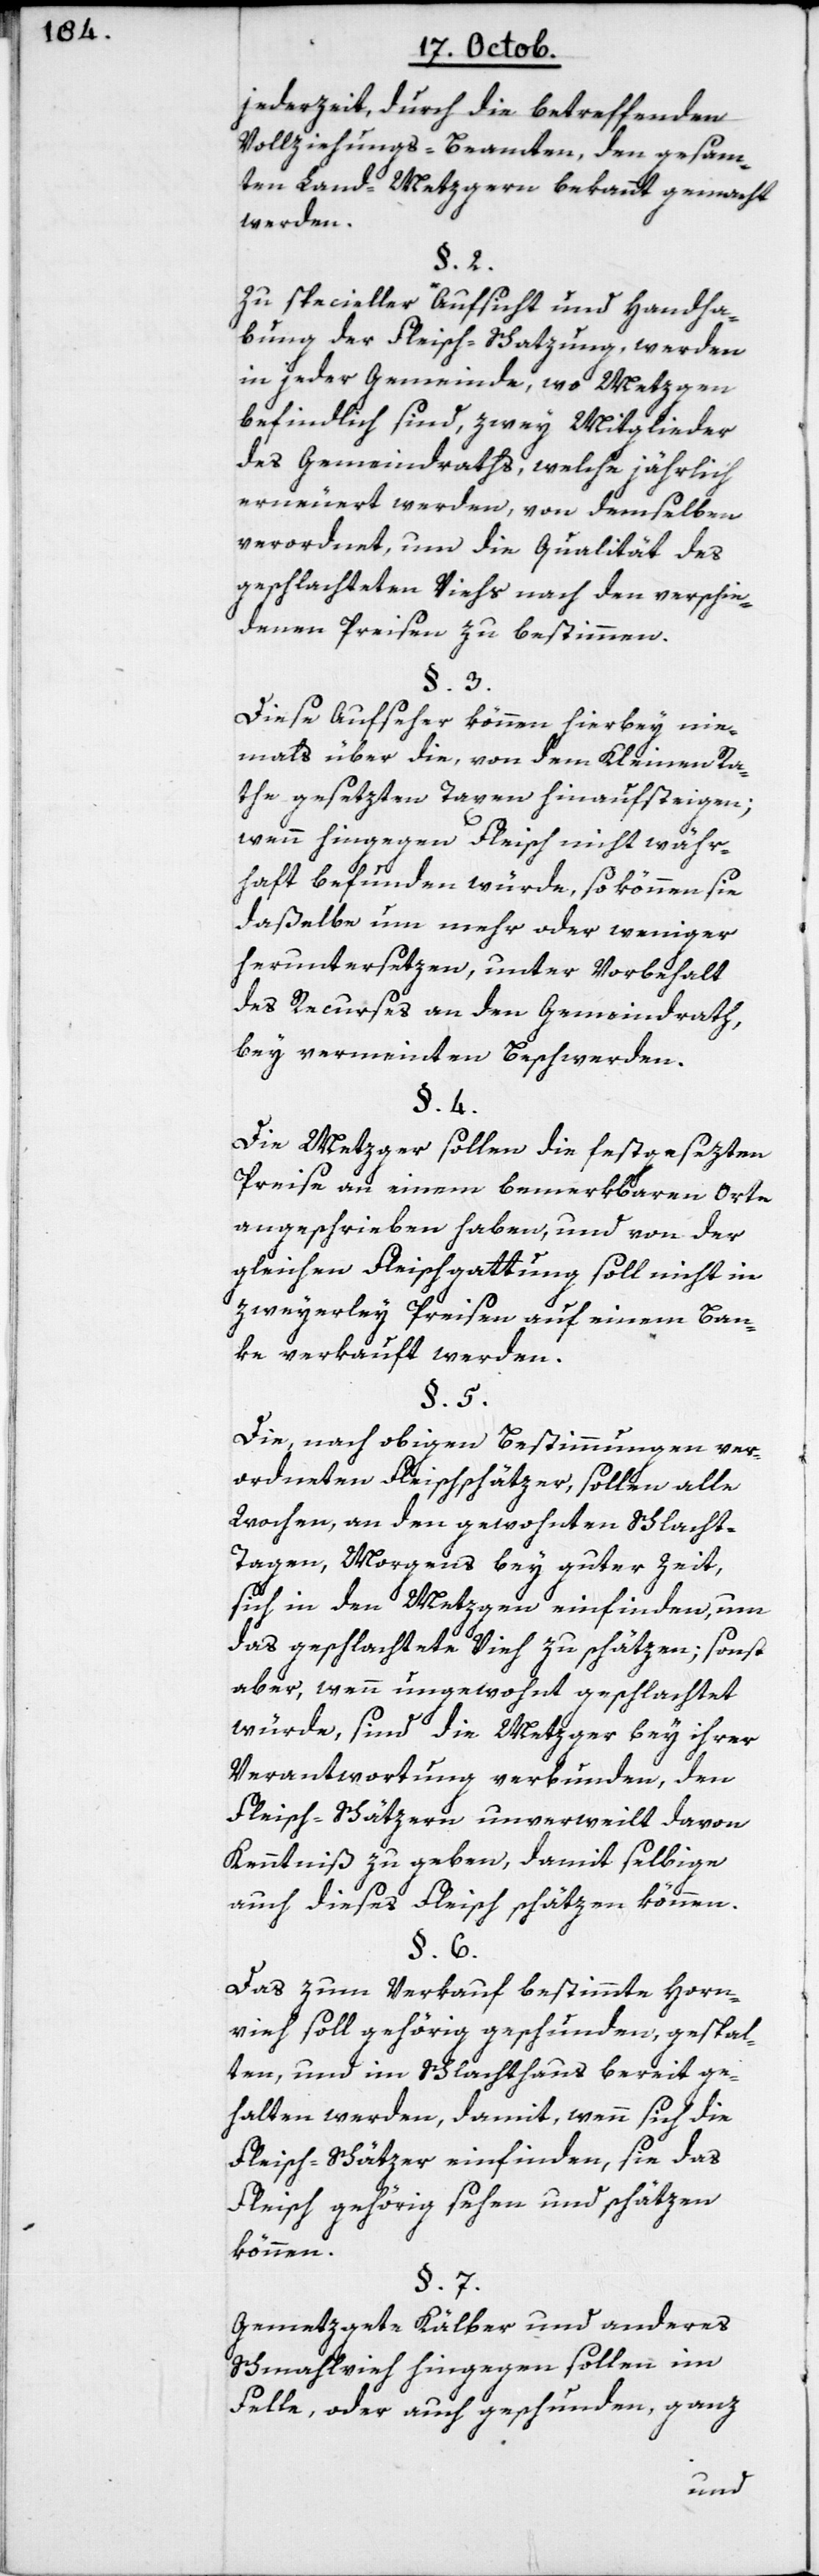
jederzeit durch die betreffenden
Vollziehungs-Beamten den gesam¬
ten Land-Metzgern bekannt gemacht
werden.
§. 2.
Zu specieller Aufsicht und Handha¬
bung der Fleisch-Schatzung, werden
in jeder Gemeinde, wo Metzgen
befindlich sind, zwey Mitglieder
des Gemeindraths, welche jährlich
erneuert werden, von demselben
verordnet, um die Qualität des
geschlachteten Viehs nach den verschie¬
denen Preisen zu bestimmen.
§. 3.
Diese Aufseher können hierbey nie¬
mals über die, von dem Kleinen Ra¬
the gesetzten Taxen hinaufsteigen;
wenn hingegen Fleisch nicht währ¬
haft befunden würde, so können sie
daßelbe um mehr oder weniger
heruntersetzen, unter Vorbehalt
des Recurses an den Gemeindrath
bey vermeinten Beschwerden.
§. 4.
Die Metzger sollen die festgesezten
Preise an einem bemerkbaren Orte
angeschrieben haben, und von der
gleichen Fleischgattung soll nicht in
zweyerley Preisen auf einem Ban¬
ke verkauft werden.
§. 5.
Die, nach obigen Bestimmungen ver¬
ordneten Fleischschätzer sollen alle
Wochen, an den gewohnten Schlach¬
t-Tagen, Morgens bey guter Zeit,
sich in den Metzgen einfinden, um
das geschlachtete Vieh zu schätzen; sonst
aber, wenn ungewohnt geschlachtet
würde, sind die Metzger bey ihrer
Verantwortung verbunden, den
Fleisch-Schätzern unverweilt davon
Kenntniß zu geben, damit selbige
auch dieses Fleisch schätzen können.
§. 6.
Das zum Verkauf bestimmte Horn¬
vieh soll gehörig geschunden, gespal¬
ten und im Schlachthaus bereit ge¬
halten werden, damit, wenn sich die
Fleisch-Schätzer einfinden, sie das
Fleisch gehörig sehen und schätzen
können.
§. 7.
Gemetzgete Kälber und anderes
Schmahlvieh hingegen sollen im
Falle, oder auch geschunden, ganz